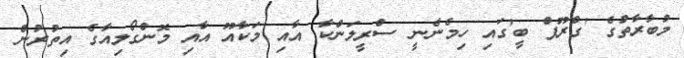
މުބާރާތުގެ 'ގްރޫޕް ބީ'ގައި ހިމެނެނީ ސްރީލަންކާ އާއި މަކާއޫ އާއި މޮންގޯލިއާގެ އިތުރުން